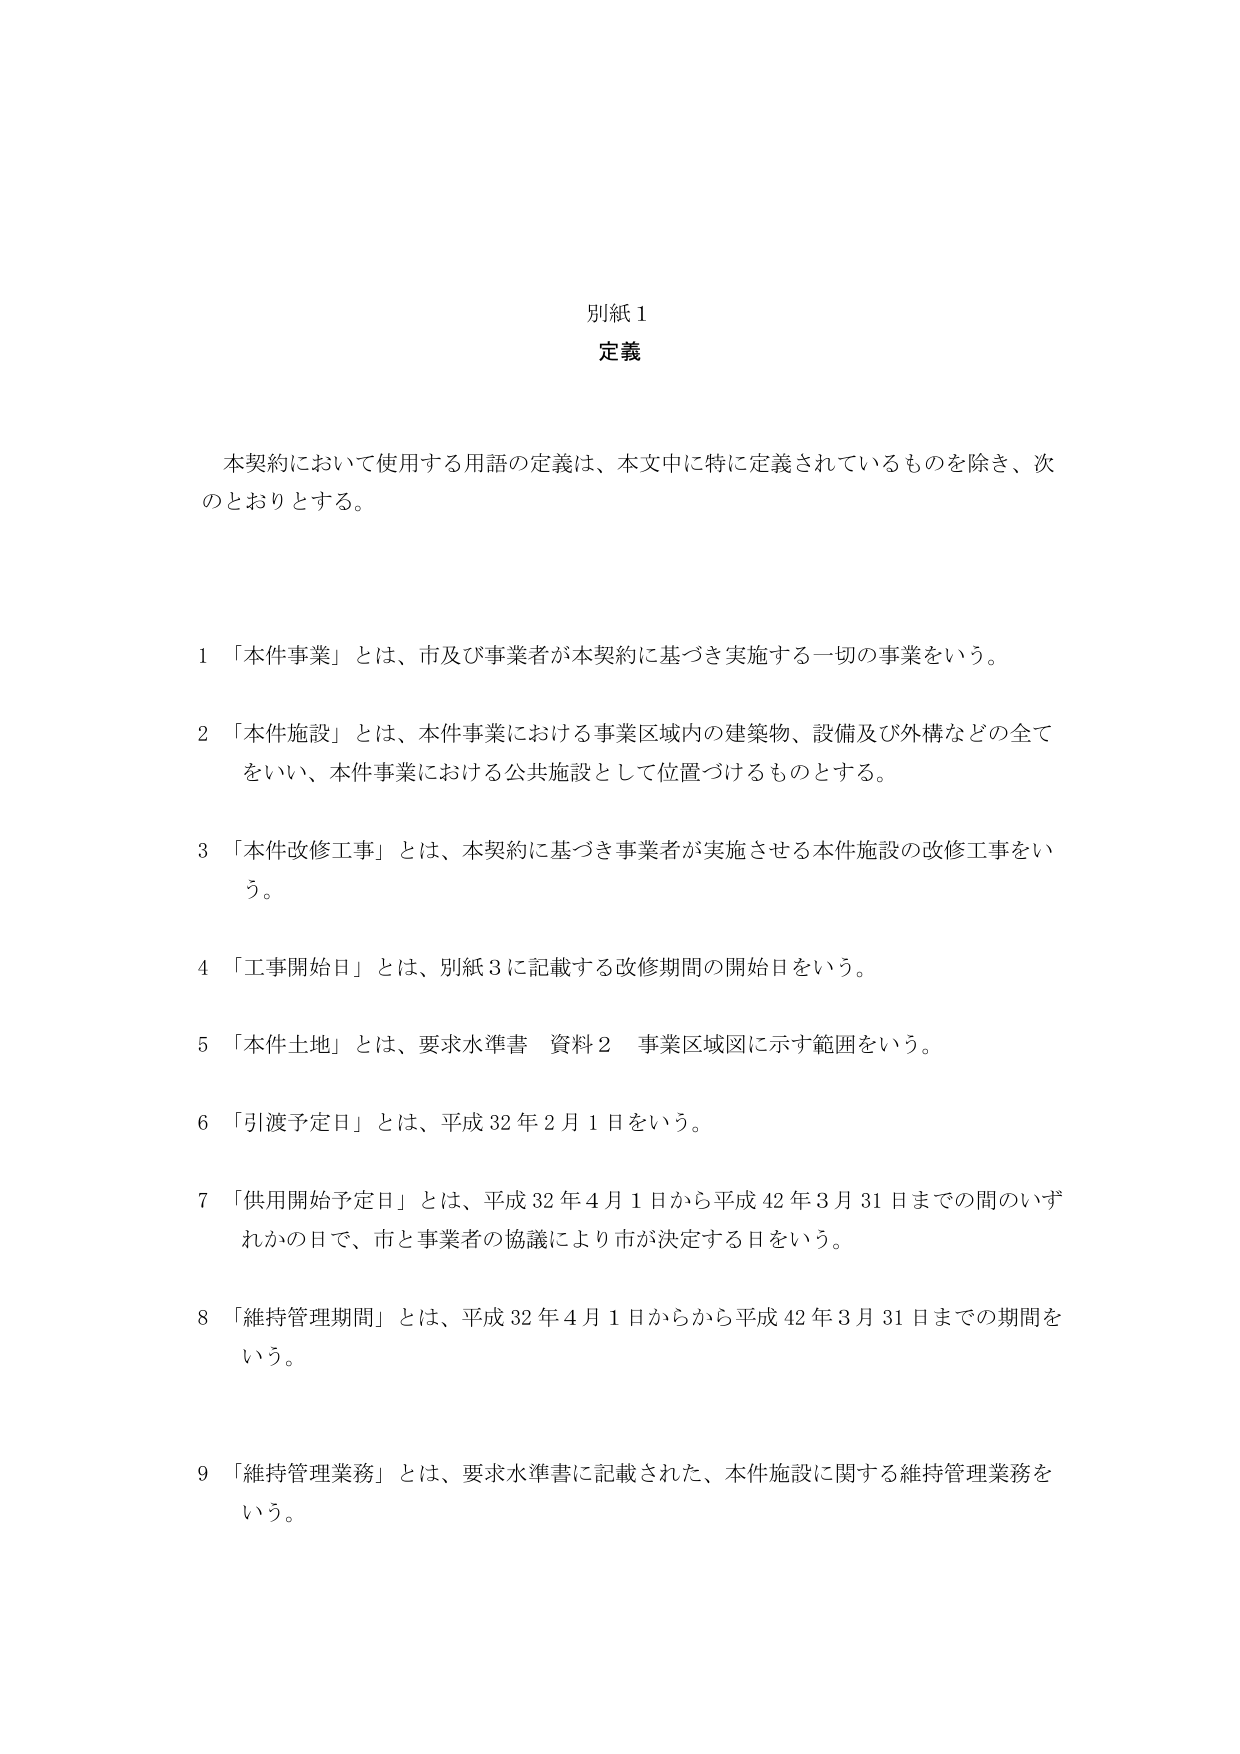
別紙１
定義

本契約において使用する用語の定義は、本文中に特に定義されているものを除き、次のとおりとする。

１「本件事業」とは、市及び事業者が本契約に基づき実施する一切の事業をいう。

２「本件施設」とは、本件事業における事業区域内の建築物、設備及び外構などの全てをいい、本件事業における公共施設として位置づけるものとする。

３「本件改修工事」とは、本契約に基づき事業者が実施させる本件施設の改修工事をいう。

４「工事開始日」とは、別紙３に記載する改修期間の開始日をいう。

５「本件土地」とは、要求水準書 資料２ 事業区域図に示す範囲をいう。

６「引渡予定日」とは、平成32年2月1日をいう。

７「供用開始予定日」とは、平成32年4月1日から平成42年3月31日までの間のいずれかの日で、市と事業者の協議により市が決定する日をいう。

８「維持管理期間」とは、平成32年4月1日からから平成42年3月31日までの期間をいう。

９「維持管理業務」とは、要求水準書に記載された、本件施設に関する維持管理業務をいう。